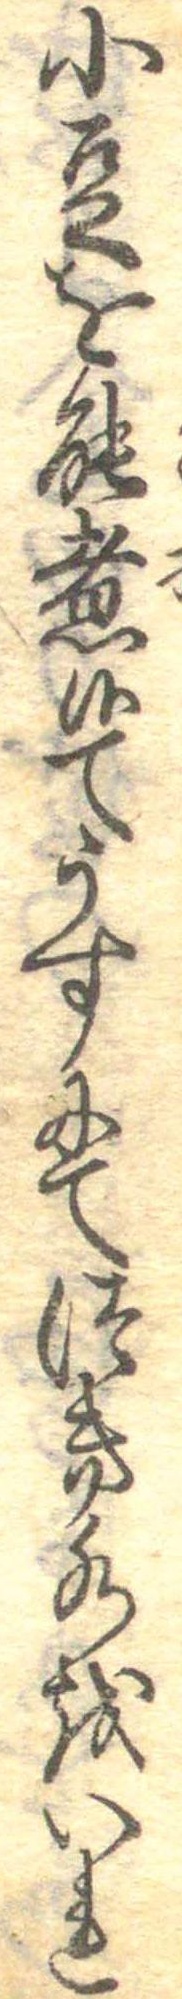
小豆を能煮候てうすにてつき水をいれ